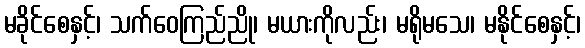
မခိုင်စေနှင့်၊ သက်ဝေကြည်ညို၊ မယားကိုလည်း၊ မရိုမသေ၊ မနိုင်စေနှင့်၊